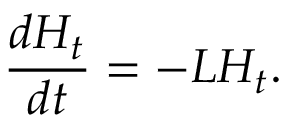
\frac { d H _ { t } } { d t } = - L H _ { t } .